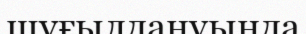
шұғылдануында